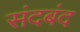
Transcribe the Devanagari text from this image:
संदबंद